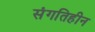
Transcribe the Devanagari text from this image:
संगतिहीन